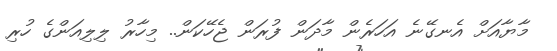
މާޔާއަށް އެނގޭނެ އަހަރެން މާދަން ފުރަން ޖެހޭކަން.. މިހާރު ލިލިއަންގެ ހުރި